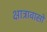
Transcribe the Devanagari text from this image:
क्षात्रावासों